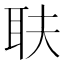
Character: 𦔾